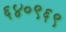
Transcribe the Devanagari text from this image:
६४०९६९